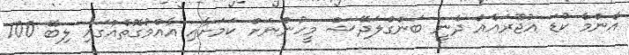
އެންމެ ކުޑަ އުޖޫރައެއް ދެނީ ބަންގްލަދޭޝް މީހުންނަށް ކަމަށާއި އާއްމުގޮތެއްގައި ލިބޭ 100